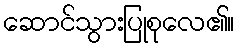
ဆောင်သွားပြုစုလေ၏။